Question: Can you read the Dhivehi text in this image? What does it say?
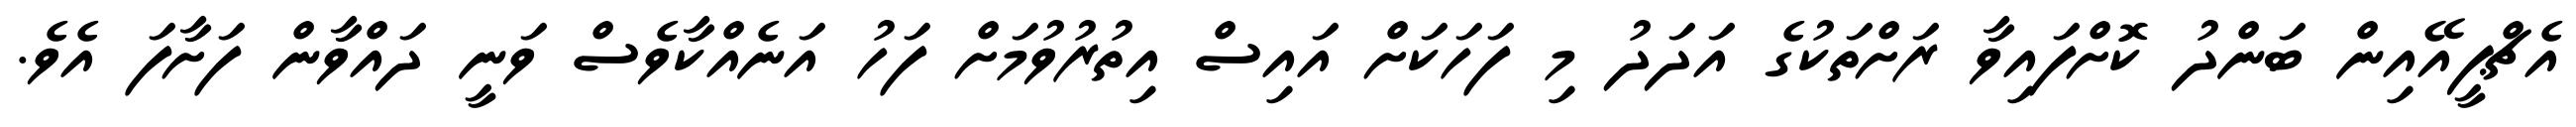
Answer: އެޗްޕީއޭއިން ބަންދު ކޮށްފައިވާ ރަށްތަކުގެ އަދަދު މި ފަހަކަށް އައިސް އިތުރުވުމަށް ފަހު އަނެއްކާވެސް ވަނީ ދައްވާން ފަށާފަ އެވެ.